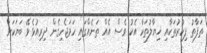
ތަފާތު ފިކުރުތަކާއި ޚިޔާލުތަކާ އެކު ވެސް އެއް ތަނެއްގައި ހަމަޖެހިގެން ދިރިއުޅެވޭ ބަޔަކަށް